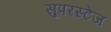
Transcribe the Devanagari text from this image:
सुपरस्टेज